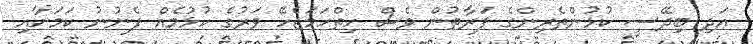
އަދި ބިދޭސީ ކުޅުންތެރިންގެ ފަރާތުން ވެސް ހިތްހަމަޖެހޭ ވަރުގެ ކުޅުމެއް ފެނުނު ކަމަށާއި